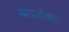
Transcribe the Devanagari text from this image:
मार्क्‍सवाद